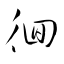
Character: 徊